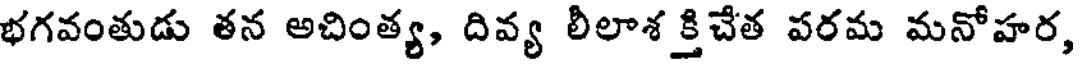
భగవంతుడు తన అచింత్య, దివ్య లీలాశ క్తిచేత పరమ మనోహర,